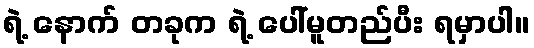
ရဲ့ နောက် တခုက ရဲ့ ပေါ်မူတည်ပီး ရမှာပါ။